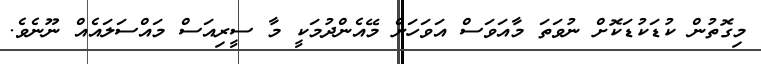
މިގޮތުން ކުޑަކުޑަކޮށް ނުވަތަ މާއަވަސް އަވަހަށް މޭއެންދުމަކީ މާ ސީރިއަސް މައްސަލައެއް ނޫނެވެ.